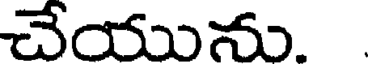
చేయును.